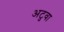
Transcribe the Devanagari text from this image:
अटुवा